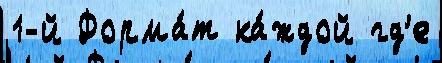
1-й Форма́т ка́ждой гд'е